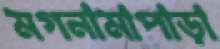
মগনামাপাড়া